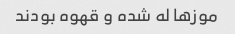
موزها له شده و قهوه بودند